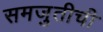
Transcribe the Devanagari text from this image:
समजुतीची